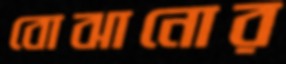
বোঝানোর